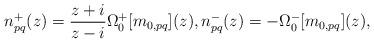
LaTeX: \begin{align*}n_{pq}^{+}(z) = \frac{z + i}{z - i} \Omega^{+}_{0}[m_{0,pq}](z),n_{pq}^{-}(z) = - \Omega^{-}_{0}[m_{0,pq}](z),\;\end{align*}